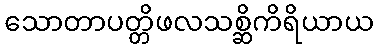
သောတာပတ္တိဖလသစ္ဆိကိရိယာယ